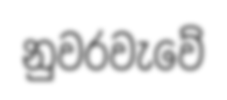
නුවරවැවේ